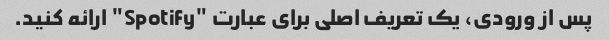
پس از ورودی، یک تعریف اصلی برای عبارت "Spotify" ارائه کنید.